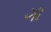
ગા